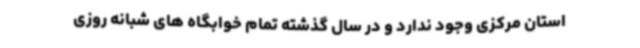
استان مرکزی وجود ندارد و در سال گذشته تمام خوابگاه های شبانه روزی